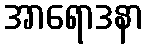
အာရောဒနာ